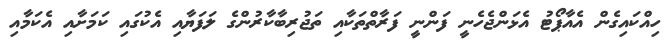
ހިއްކައިގެން އެއާޕޯޓު އެޅަންޖެހެނީ ފަންނީ ފަރާތްތަކާއި ތަޖުރިބާކާރުންގެ ލަފަޔާއި އެކުގައި ކަމަށާއި އެކަމާއި